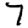
Digit: 7